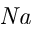
\mathit { N a }